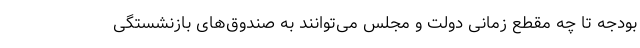
بودجه تا چه مقطع زمانی دولت و مجلس می‌توانند به صندوق‌های بازنشستگی